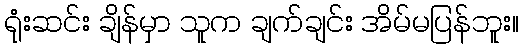
ရုံးဆင်း ချိန်မှာ သူက ချက်ချင်း အိမ်မပြန်ဘူး။